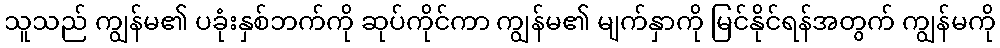
သူသည် ကျွန်မ၏ ပခုံးနှစ်ဘက်ကို ဆုပ်ကိုင်ကာ ကျွန်မ၏ မျက်နှာကို မြင်နိုင်ရန်အတွက် ကျွန်မကို